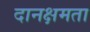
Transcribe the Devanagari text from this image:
दानक्षमता